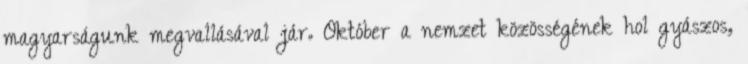
magyarságunk megvallásával jár. Október a nemzet közösségének hol gyászos,